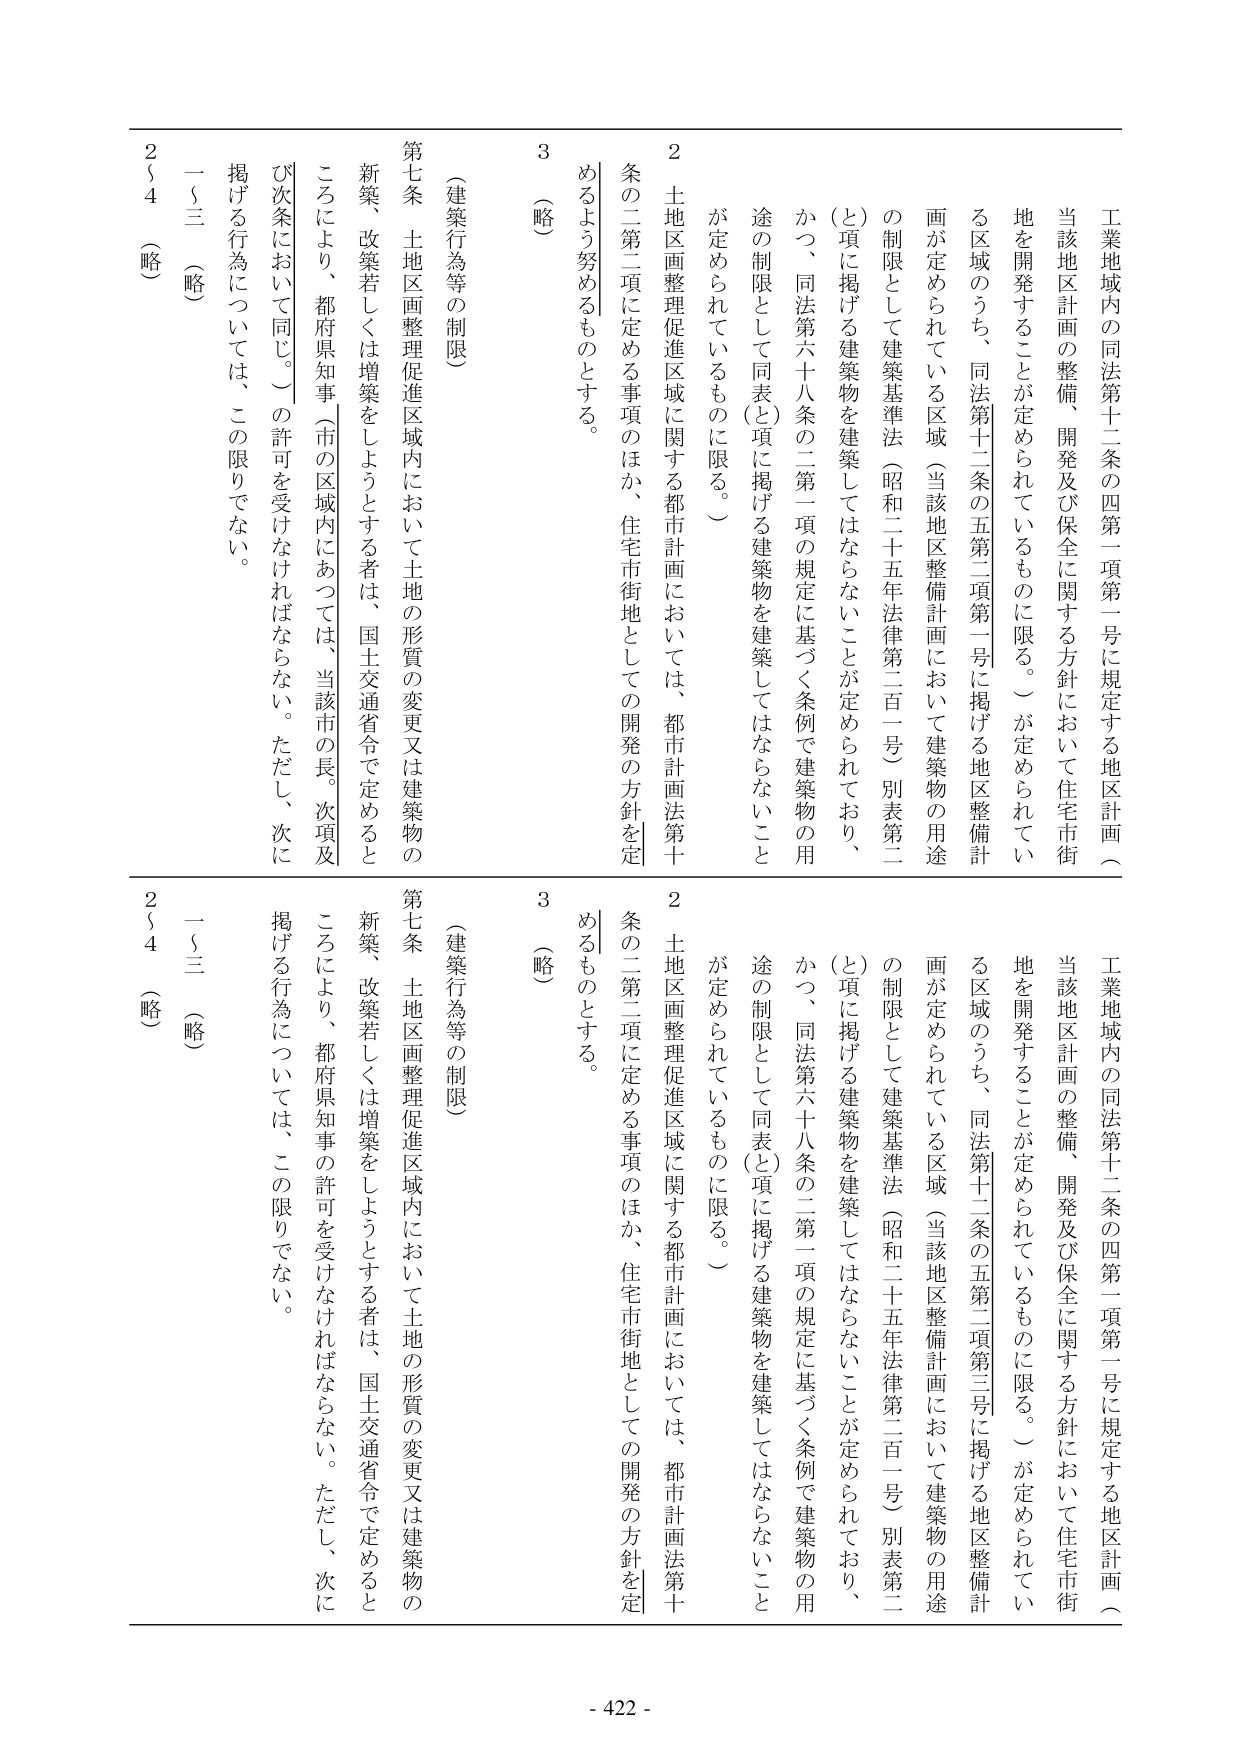
工業地域内の同法第十二条の四第一項第一号に規定する地区計画（当該地区計画の整備、開発及び保全に関する方針において住宅市街地を開発することが定められているものに限る。）が定められている区域のうち、同法第十二条の五第二項第一号に掲げる地区整備計画が定められている区域（当該地区整備計画において建築物の用途の制限として建築基準法（昭和二十五年法律第二百一号）別表第二（と）項に掲げる建築物を建築してはならないことが定められており、かつ、同法第六十八条の二第一項の規定に基づく条例で建築物の用途の制限として同表（と）項に掲げる建築物を建築してはならないことが定められているものに限る。）

２　土地区画整理促進区域に関する都市計画においては、都市計画法第十条の二第二項に定める事項のほか、住宅市街地としての開発の方針を定めるよう努めるものとする。

３　（略）

（建築行為等の制限）

第七条　土地区画整理促進区域内において土地の形質の変更又は建築物の新築、改築若しくは増築をしようとする者は、国土交通省令で定めるところにより、都府県知事（市の区域内にあつては、当該市の長。次項及び次条において同じ。）の許可を受けなければならない。ただし、次に掲げる行為については、この限りでない。

一～三　（略）

２～４　（略）

工業地域内の同法第十二条の四第一項第一号に規定する地区計画（当該地区計画の整備、開発及び保全に関する方針において住宅市街地を開発することが定められているものに限る。）が定められている区域のうち、同法第十二条の五第二項第三号に掲げる地区整備計画が定められている区域（当該地区整備計画において建築物の用途の制限として建築基準法（昭和二十五年法律第二百一号）別表第二（と）項に掲げる建築物を建築してはならないことが定められており、かつ、同法第六十八条の二第一項の規定に基づく条例で建築物の用途の制限として同表（と）項に掲げる建築物を建築してはならないことが定められているものに限る。）

２　土地区画整理促進区域に関する都市計画においては、都市計画法第十条の二第二項に定める事項のほか、住宅市街地としての開発の方針を定めるものとする。

３　（略）

（建築行為等の制限）

第七条　土地区画整理促進区域内において土地の形質の変更又は建築物の新築、改築若しくは増築をしようとする者は、国土交通省令で定めるところにより、都府県知事の許可を受けなければならない。ただし、次に掲げる行為については、この限りでない。

一～三　（略）

２～４　（略）

- 422 -